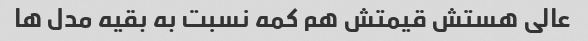
عالی هستش قیمتش هم کمه نسبت به بقیه مدل ها